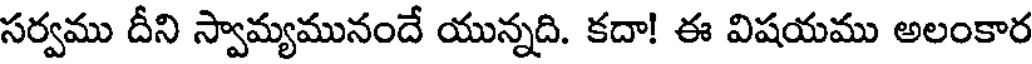
సర్వము దీని స్వామ్యమునందే యున్నది. కదా! ఈ విషయము అలంకార